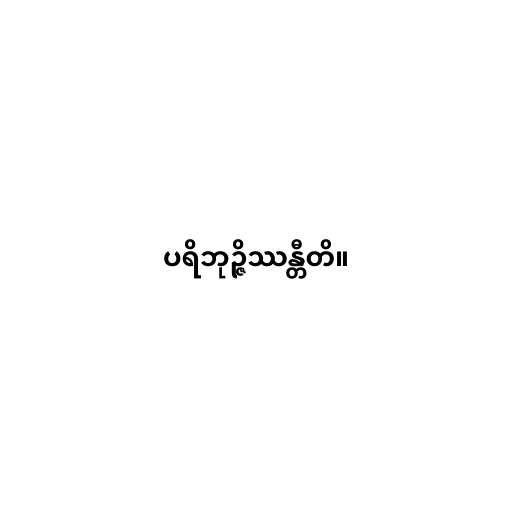
ပရိဘုဉ္ဇိဿန္တီတိ။